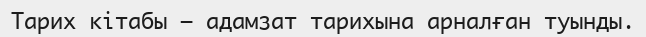
Тарих кітабы – адамзат тарихына арналған туынды.